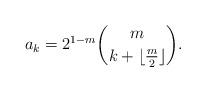
LaTeX: \begin{align*}a_{k} = 2^{1 - m} { m \choose k + \lfloor \frac{m}{2} \rfloor } .\end{align*}